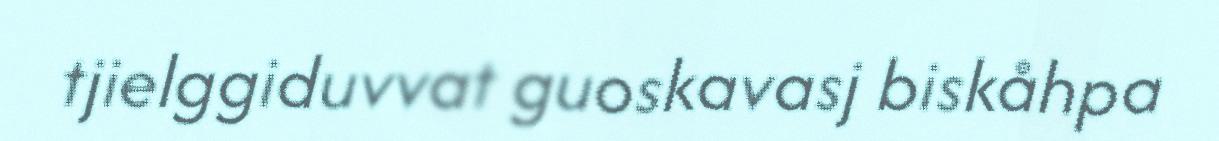
tjielggiduvvat guoskavasj biskåhpa